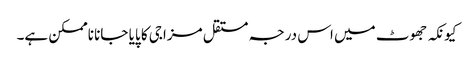
کیونکہ جھوٹ میں اس درجہ مستقل مزاجی کا پایا جانا ناممکن ہے۔